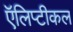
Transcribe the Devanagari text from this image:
ऍलिप्टीकल